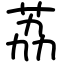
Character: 荔